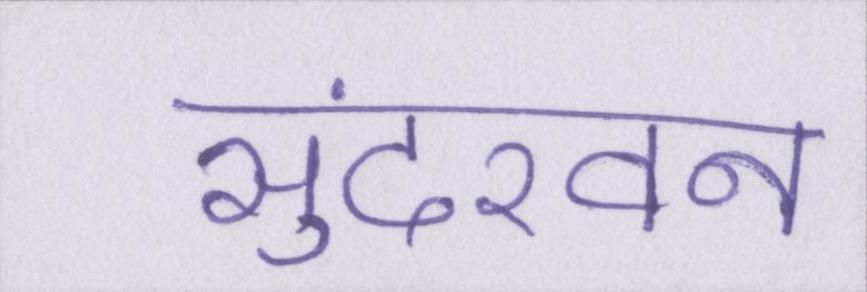
सुंदरवन